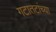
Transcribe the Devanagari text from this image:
गटातटांच्या